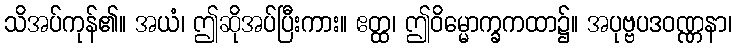
သိအပ်ကုန်၏။ အယံ၊ ဤဆိုအပ်ပြီးကား။ ဧတ္ထ၊ ဤဝိမ္မောက္ခကထာ၌။ အပုဗ္ဗပဒဝဏ္ဏနာ၊